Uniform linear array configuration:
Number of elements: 64
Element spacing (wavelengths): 0.5
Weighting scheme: hamming
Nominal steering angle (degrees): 30
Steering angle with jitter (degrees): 31.61
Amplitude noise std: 0.05
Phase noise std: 0.05

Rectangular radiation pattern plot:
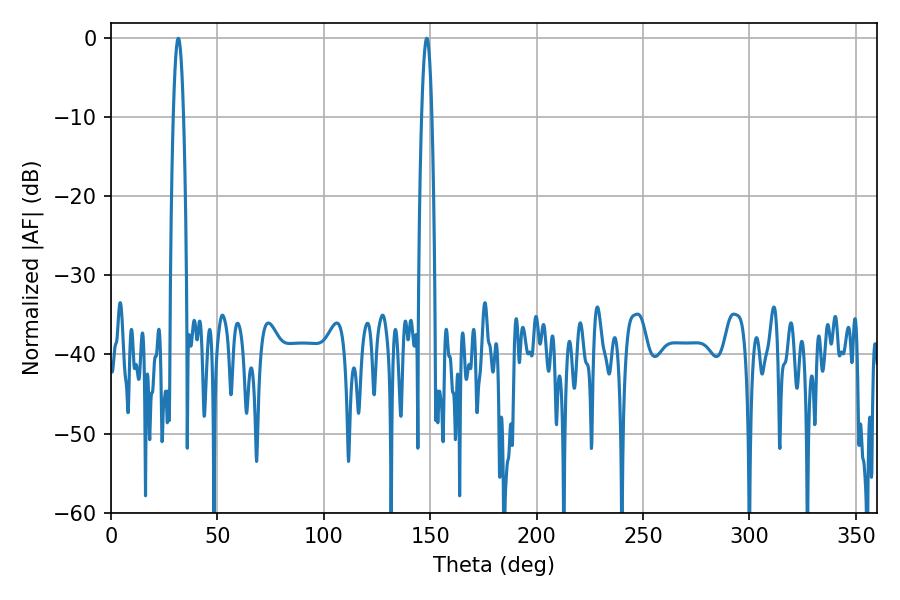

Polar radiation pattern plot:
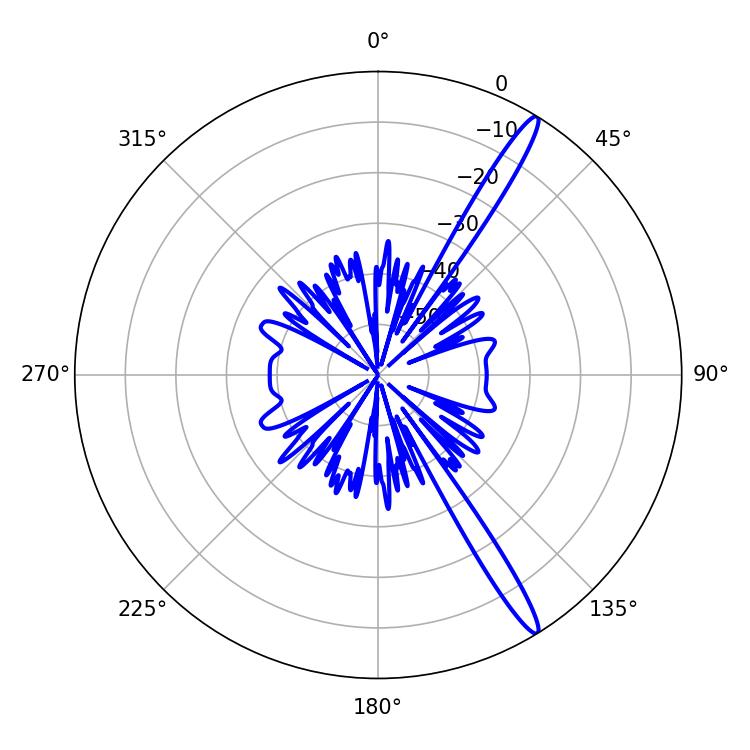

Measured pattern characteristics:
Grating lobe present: FALSE
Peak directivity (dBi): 15.768
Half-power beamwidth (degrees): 2.52
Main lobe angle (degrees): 148.32